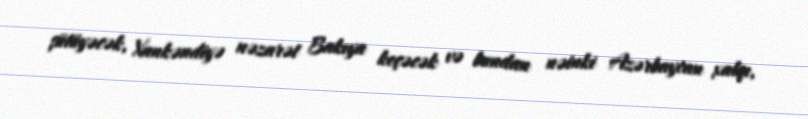
şütüyəcək, Xankəndiyə nəzarət Bakıya keçəcək və bundan nəinki Azərbaycan xalqı,